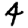
Digit: 4